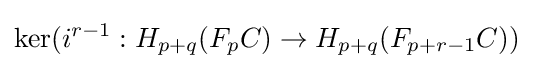
\operatorname {ker} (i^{r-1}:H_{p+q}(F_{p}C)\to H_{p+q}(F_{p+r-1}C))